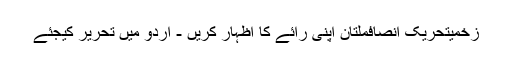
زخمیتحریک انصافملتان اپنی رائے کا اظہار کریں - اُردو میں تحریر کیجئے